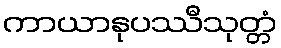
ကာယာနုပဿီသုတ္တံ